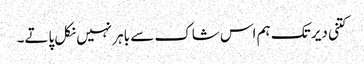
کتنی دیر تک ہم اس شاک سے باہر نہیں نکل پاتے۔